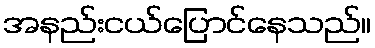
အနည်းငယ်ပြောင်နေသည်။